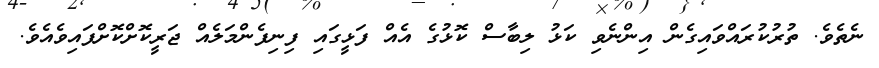
ނެތެވެ. ތުރުކުރައްވައިގެން އިންނެވި ކަޅު ލިބާސް ކޮޅުގެ އެއް ފަޅީގައި ފިނިފެންމަލެއް ޖަރީކޮށްކޮށްފައިވެއެވެ.